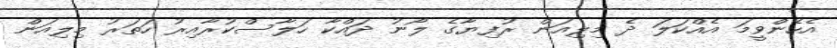
އެހެންވީމަ އެއްކަލަ ދެ މިލިއަން ރުފިޔާގެ ލޯނު ދައްކާ ހަލާސްކުރާއިރު ހަތަރު މިލިއަން